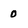
Character: 0